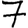
Digit: 7